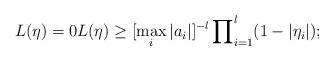
LaTeX: \begin{align*}L(\eta )=0 L(\eta )\geq \lbrack\max_{i}|a_{i}|]^{-l}\prod\nolimits_{i=1}^{l}(1-|\eta _{i}|); \end{align*}